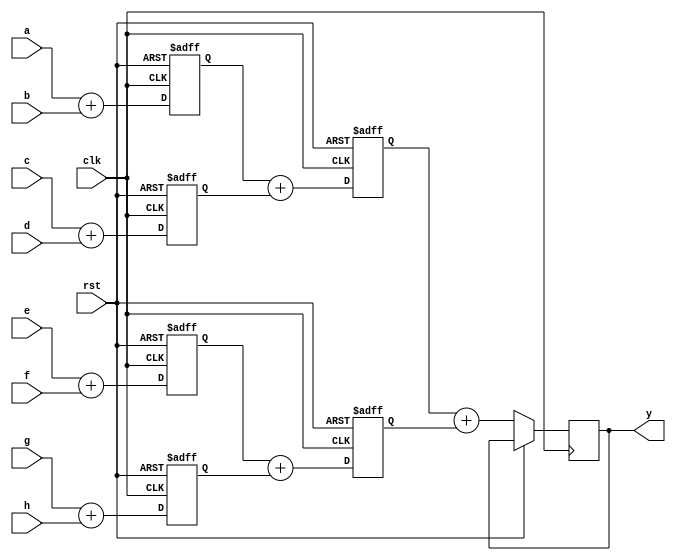
`timescale 1ns / 1ps

module adder_tree( input wire [7:0]a,b,c,d,e,f,g,h, 
                    input wire clk, rst,
                   output wire [10:0]y );

reg [8:0] i11,i12,i13,i14;
reg [9:0] i21, i22;
reg [10:0] i31;

always@(posedge clk, posedge rst) begin
 if(rst) begin
 i11<=0; 
 i12<=0; 
 i13<=0; 
 i14<=0; 
 i21<=0;
 i22<=0;

 end
 else begin
 i11<= a+b;
 i12<= c+d;
 i13<= e+f;
 i14<= g+h;
 i21<= i11+i12;
 i22<= i13+i14;
 i31<=i21+i22;
 end
 
end 

assign y = i31;


endmodule